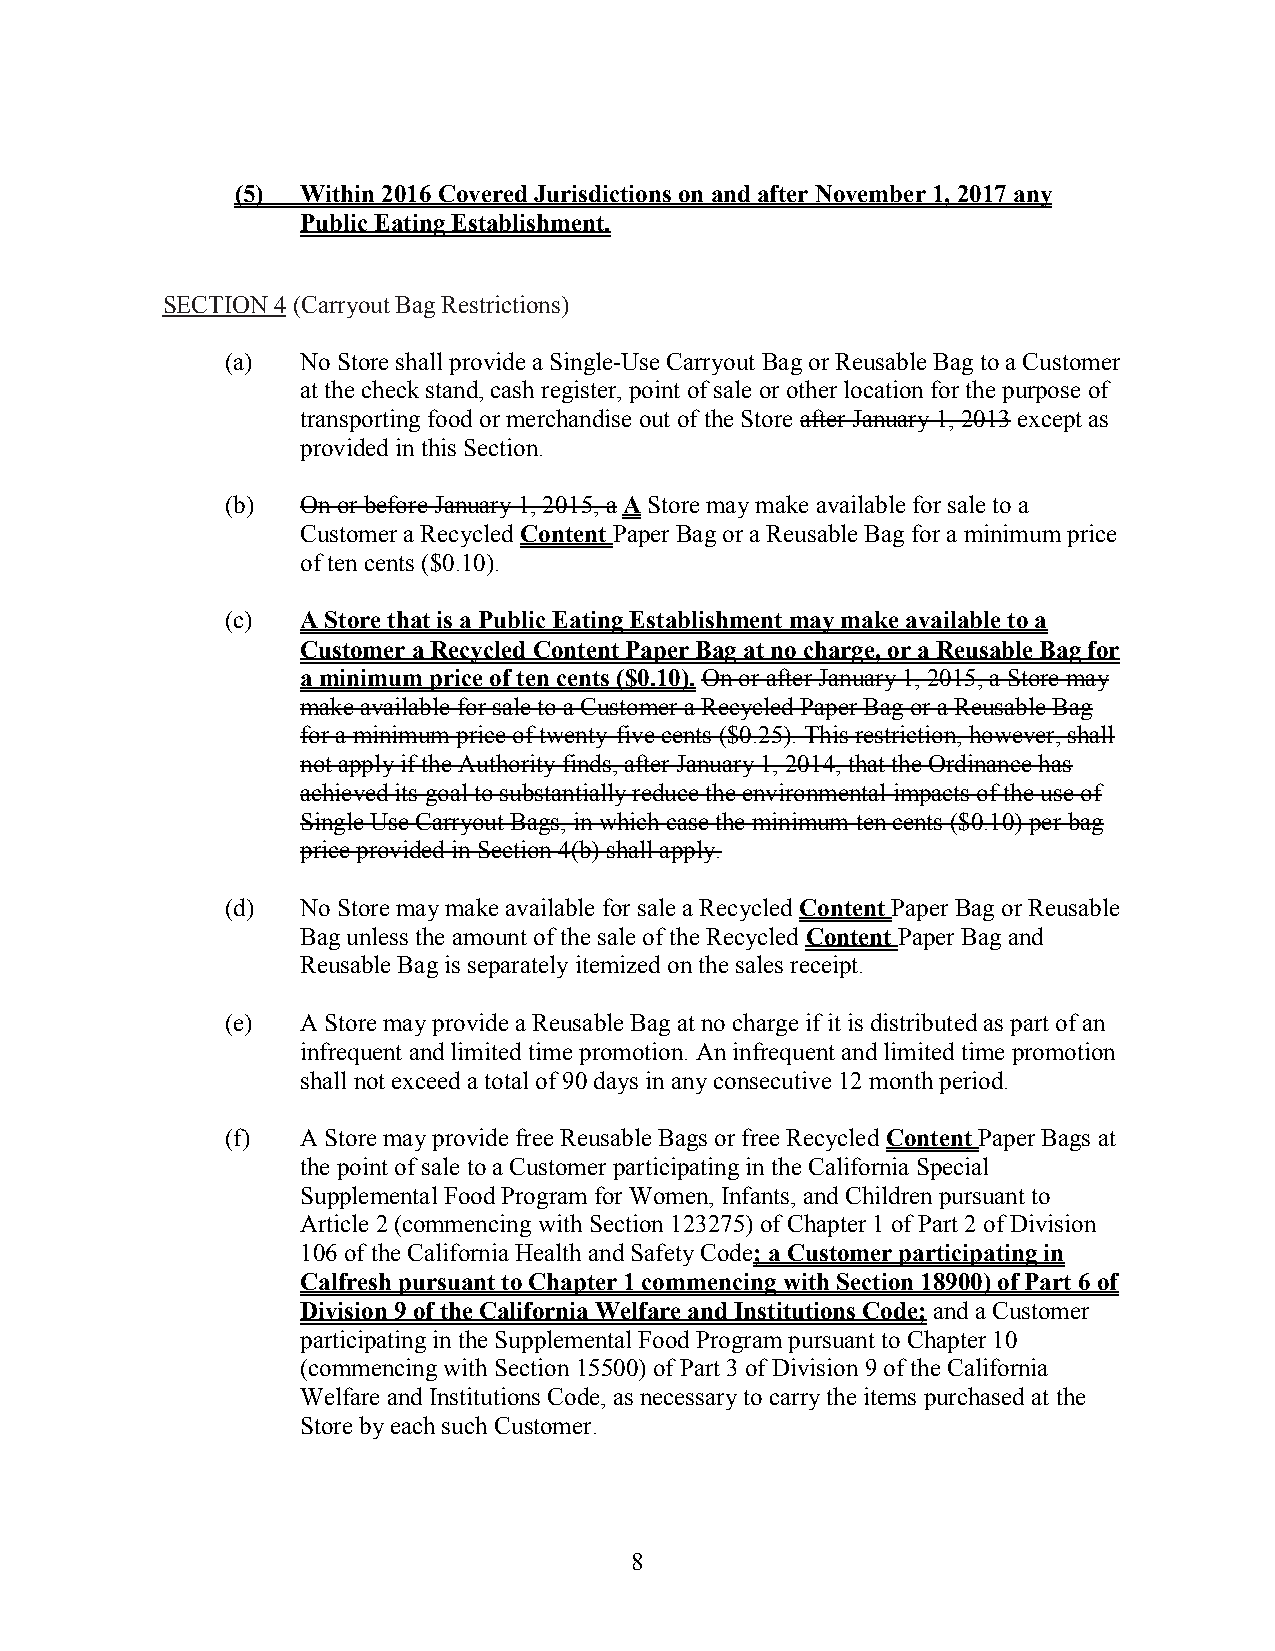
(5) Within 2016 Covered Jurisdictions on and after November 1, 2017 any
 Public Eating Establishment.
 SECTION 4 (Carryout Bag Restrictions)
 (a)  No Store shall provide a Single-Use Carryout Bag or Reusable Bag to a Customer
 at the check stand, cash register, point of sale or other location for the purpose of
 transporting food or merchandise out of the Store after January 1, 2013 except as
 provided in this Section.
 (b)  On or before January 1, 2015, a A Store may make available for sale to a
 Customer a Recycled Content Paper Bag or a Reusable Bag for a minimum price
 of ten cents ($0.10).
 (c)  A Store that is a Public Eating Establishment may make available to a
 Customer a Recycled Content Paper Bag at no charge, or a Reusable Bag for
 a minimum price of ten cents ($0.10). On or after January 1, 2015, a Store may
 make available for sale to a Customer a Recycled Paper Bag or a Reusable Bag
 for a minimum price of twenty-five cents ($0.25). This restriction, however, shall
 not apply if the Authority finds, after January 1, 2014, that the Ordinance has
 achieved its goal to substantially reduce the environmental impacts of the use of
 Single Use Carryout Bags, in which case the minimum ten cents ($0.10) per bag
 price provided in Section 4(b) shall apply.
 (d)  No Store may make available for sale a Recycled Content Paper Bag or Reusable
 Bag unless the amount of the sale of the Recycled Content Paper Bag and
 Reusable Bag is separately itemized on the sales receipt.
 (e)  A Store may provide a Reusable Bag at no charge if it is distributed as part of an
 infrequent and limited time promotion. An infrequent and limited time promotion
 shall not exceed a total of 90 days in any consecutive 12 month period.
 (f)  A Store may provide free Reusable Bags or free Recycled Content Paper Bags at
 the point of sale to a Customer participating in the California Special
 Supplemental Food Program for Women, Infants, and Children pursuant to
 Article 2 (commencing with Section 123275) of Chapter 1 of Part 2 of Division
 106 of the California Health and Safety Code; a Customer participating in
 Calfresh pursuant to Chapter 1 commencing with Section 18900) of Part 6 of
 Division 9 of the California Welfare and Institutions Code; and a Customer
 participating in the Supplemental Food Program pursuant to Chapter 10
 (commencing with Section 15500) of Part 3 of Division 9 of the California
 Welfare and Institutions Code, as necessary to carry the items purchased at the
 Store by each such Customer.
 8